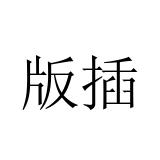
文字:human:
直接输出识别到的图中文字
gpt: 版插